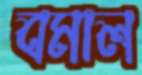
বমাল